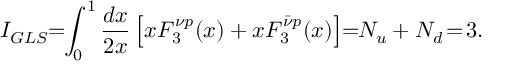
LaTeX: I _ { G L S } \! \! = \! \! \int _ { 0 } ^ { 1 } \frac { d x } { 2 x } \left[ x F _ { 3 } ^ { \nu p } ( x ) + x F _ { 3 } ^ { \bar { \nu } p } ( x ) \right] \! \! = \! \! N _ { u } + N _ { d } \! = \! 3 .